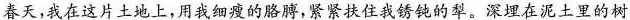
春天，我在这片土地上，用我细瘦的胳膊，紧紧扶住我锈钝的犁。深埋在泥土里的树